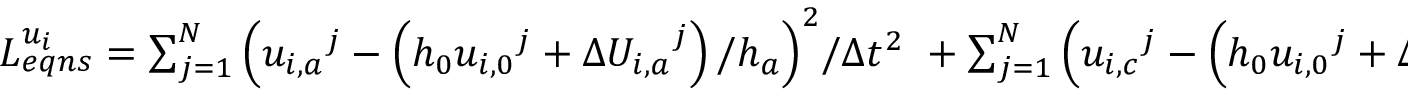
\begin{array} { r } { L _ { e q n s } ^ { { { u } _ { i } } } = \sum _ { j = 1 } ^ { N } { { { \left( { { u } _ { i , a } } ^ { j } - \left( { { h } _ { 0 } } { { u } _ { i , 0 } } ^ { j } + \Delta { { U } _ { i , a } } ^ { j } \right) / { { h } _ { a } } \right) } ^ { 2 } } / \Delta { { t } ^ { 2 } } } \ + \sum _ { j = 1 } ^ { N } { { { \left( { { u } _ { i , c } } ^ { j } - \left( { { h } _ { 0 } } { { u } _ { i , 0 } } ^ { j } + \Delta { { U } _ { i , c } } ^ { j } \right) / { { h } _ { c } } \right) } ^ { 2 } } / \Delta { { t } ^ { 2 } } } \ } \end{array}